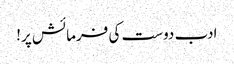
ادب دوست کی فرمائش پر!